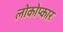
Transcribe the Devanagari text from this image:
लोकोप्कार